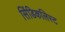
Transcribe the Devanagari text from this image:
सिंडिकलिस्ट